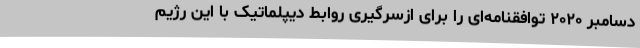
دسامبر ۲۰۲۰ توافقنامه‌ای را برای ازسرگیری روابط دیپلماتیک با این رژیم